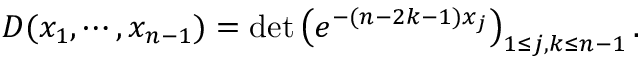
D ( x _ { 1 } , \cdots , x _ { n - 1 } ) = \operatorname * { d e t } \left( e ^ { - ( n - 2 k - 1 ) x _ { j } } \right) _ { 1 \le j , k \le n - 1 } .